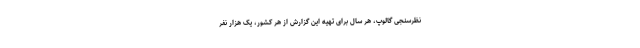
نظرسنجی گالوپ، هر سال برای تهیه این گزارش از هر کشور، یک هزار نفر